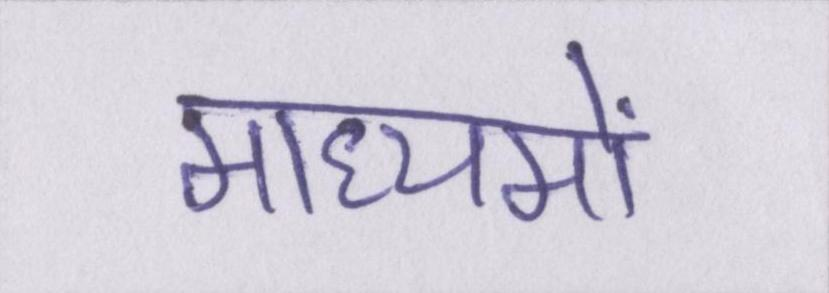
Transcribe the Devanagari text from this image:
माध्यमों